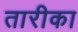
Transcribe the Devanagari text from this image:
तारीका